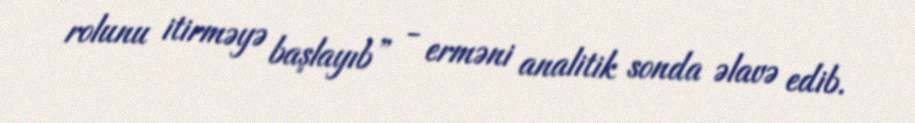
rolunu itirməyə başlayıb” - erməni analitik sonda əlavə edib.